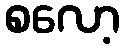
စလော့